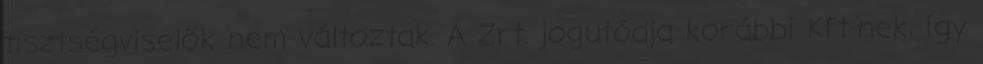
tisztségviselők nem változtak. A Zrt. jogutódja korábbi Kft-nek, így